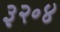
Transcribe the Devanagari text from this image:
३२॰४